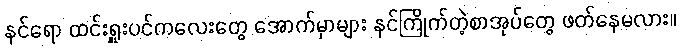
နင်ရော ထင်းရှူးပင်ကလေးတွေ အောက်မှာများ နင်ကြိုက်တဲ့စာအုပ်တွေ ဖတ်နေမလား။